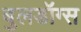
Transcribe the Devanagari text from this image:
बुलडॉग्‍स